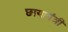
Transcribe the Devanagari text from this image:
छायामंत्री